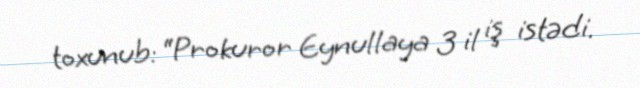
toxunub: “Prokuror Eynullaya 3 il iş istədi.